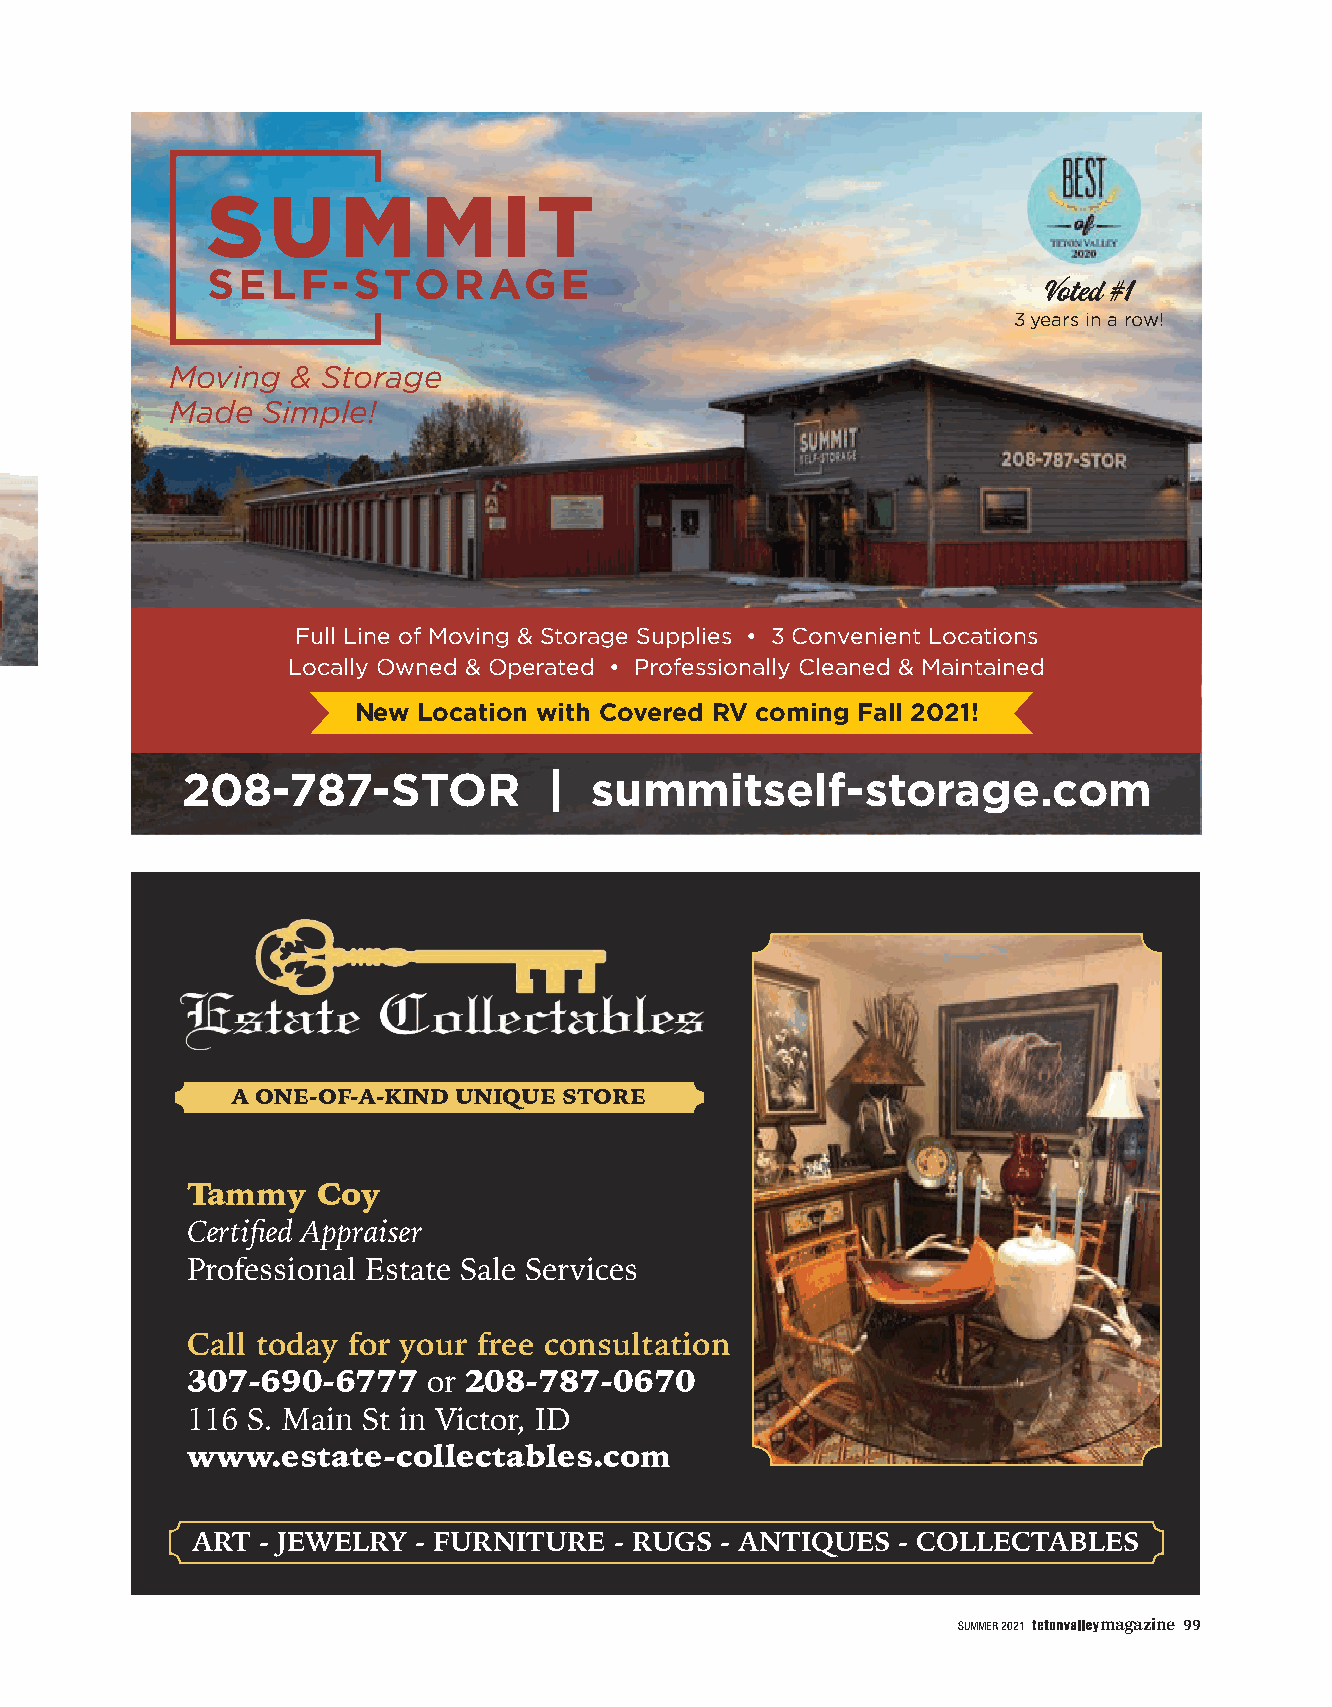
Voted #1
 3 years in a row!
 Moving  & Storage
 Made  Simple!
 Full Line of Moving & Storage Supplies • 3 Convenient Locations
 Locally Owned & Operated • Professionally Cleaned & Maintained
 New  Location with Covered RV coming Fall 2021!
 208-787-STOR            |  summitself-storage.com
 A ONE-OF-A-KIND UNIQUE STORE
 Tammy    Coy
 Certified Appraiser
 Professional Estate Sale Services
 Call today for your free consultation
 307-690-6777    or 208-787-0670
 116 S. Main St in Victor, ID
 www.estate-collectables.com
 ART - JEWELRY - FURNITURE   - RUGS - ANTIQUES  - COLLECTABLES
 SUMMER 2021 magazine 99